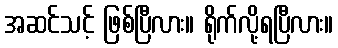
အဆင်သင့် ဖြစ်ပြီလား။ ရိုက်လို့ရပြီလား။